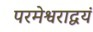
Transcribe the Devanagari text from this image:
परमेश्वराद्वयं